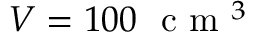
V = 1 0 0 ~ \mathrm { ~ c ~ m ~ } ^ { 3 }